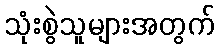
သုံးစွဲသူများအတွက်